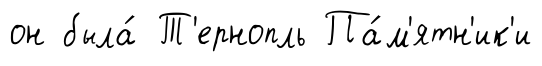
он была́ Т'ернопль Па́м'ятн'ик'и